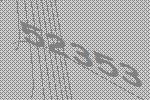
52353